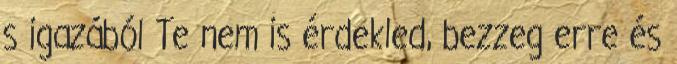
s igazából Te nem is érdekled, bezzeg erre és